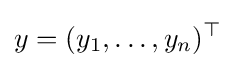
y=(y_{1},\ldots ,y_{n})^{\top }